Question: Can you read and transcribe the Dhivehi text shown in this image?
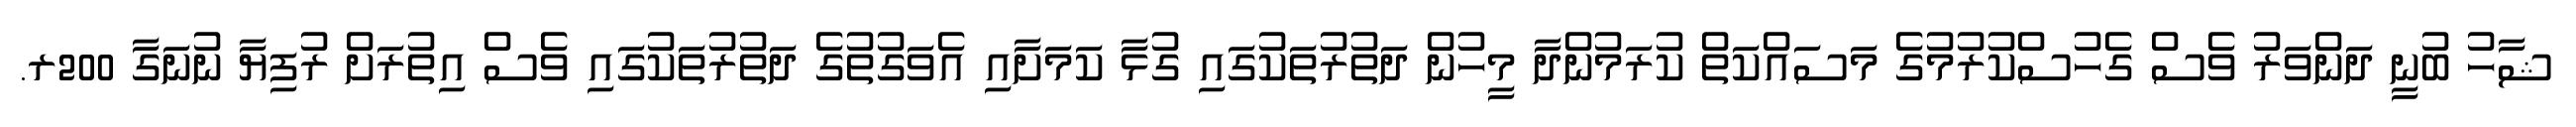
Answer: ޝާހު ބުނީ ދަންވަރު ވެސް ގެހުސްކުރުމުގެ މަސައްކަތް ކުރަމުންދާ މީހުން ދަތުރުތަކުގައި ގުޅާ ކަމަށާއި އެވަގުތުގެ ދަތުރުތަކުގައި ވެސް އިތުރަށް ރުފިޔާ ނުނަގާ 200ރ.